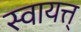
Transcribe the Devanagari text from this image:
स्वायत्त्